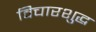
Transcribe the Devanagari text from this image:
विचारशुद्ध